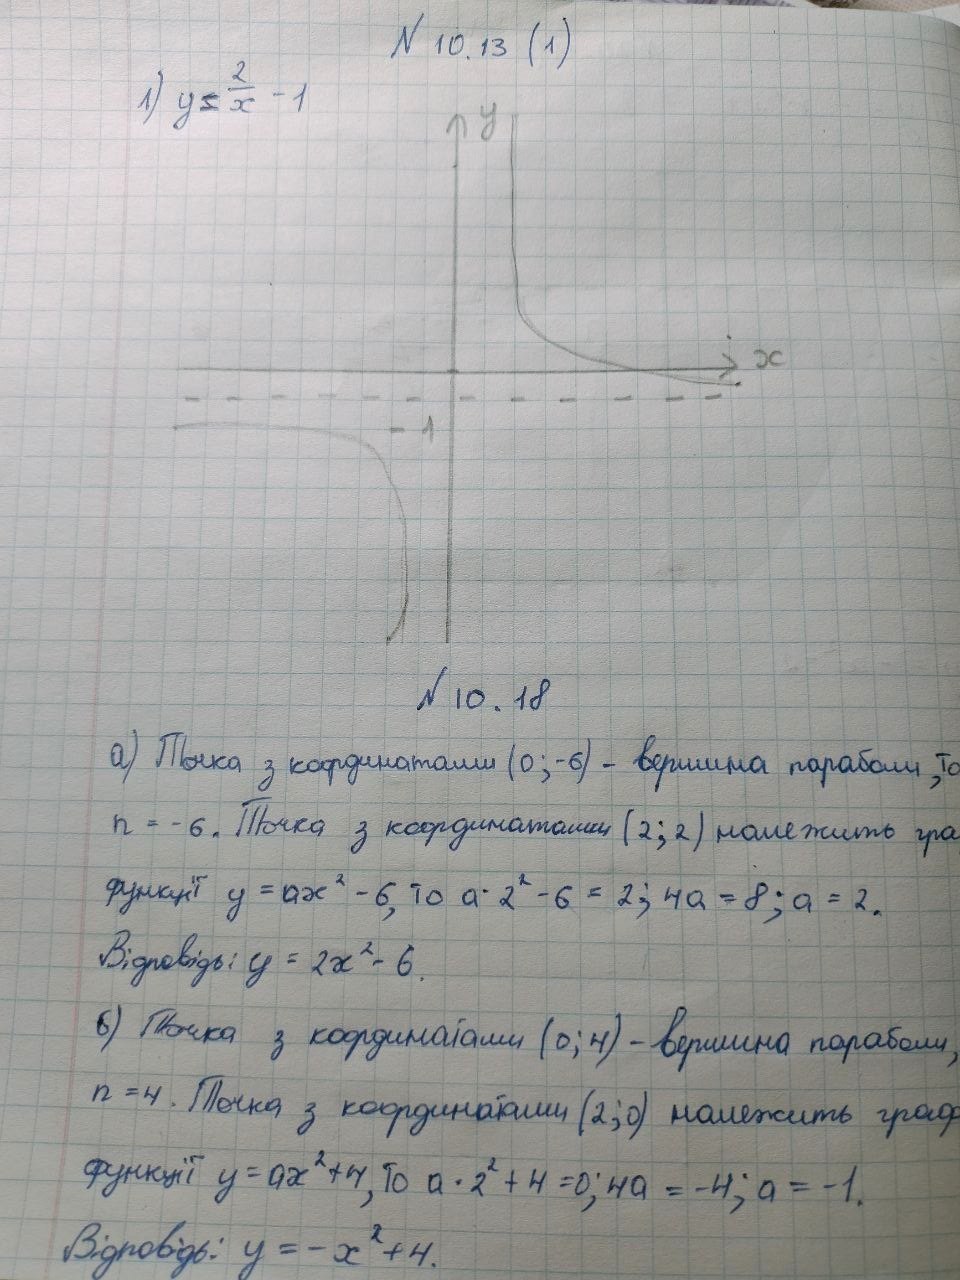
N 10.13 (1)
y = \frac{2}{x} - 1
N 10.18
а) Точка з координатами (0; -6) - вершина параболи, то
n = -6. Точка з координатами (2; 2) належить гра
функції y = ax^2 - 6, то a * 2^2 - 6 = 2; 4a = 8; a = 2.
Відповідь: y = 2x^2 - 6.
б) Точка з координатами (0; 4) - вершина параболи,
n = 4. Точка з координатами (2;0) належить граф
функції y = ax^2 + 4, то a * 2^2 + 4 = 0; 4a = -4; a = -1.
Відповідь: y = -x^2 + 4.